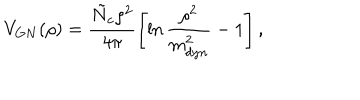
LaTeX: V _ { G N } ( \rho ) = \frac { \tilde { N } _ { c } \rho ^ { 2 } } { 4 \pi } \left[ \ln \frac { \rho ^ { 2 } } { m _ { d y n } ^ { 2 } } - 1 \right] ,